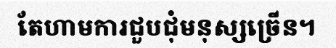
តែហាមការជួបជុំមនុស្សច្រើន។